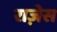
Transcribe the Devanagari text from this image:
राज़ेस